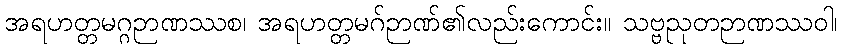
အရဟတ္တမဂ္ဂဉာဏဿစ၊ အရဟတ္တမဂ်ဉာဏ်၏လည်းကောင်း။ သဗ္ဗညုတဉာဏဿဝါ၊